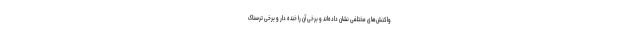
واکنش‌های مختلفی نشان داده‌اند و برخی آن را خنده دار و برخی ترسناک